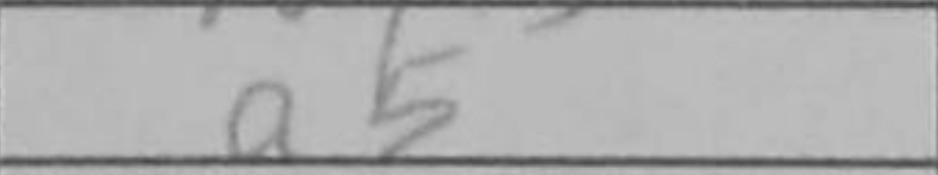
Transcription: a5